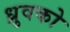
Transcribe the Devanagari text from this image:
ध्रुवको